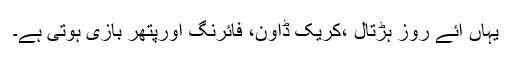
یہاں آئے روز ہڑتال ،کریک ڈاون، فائرنگ اورپتھر بازی ہوتی ہے۔